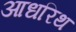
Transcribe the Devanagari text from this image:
आधरिथ